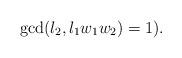
LaTeX: \begin{align*}\gcd(l_2,l_1w_1w_2)=1). \end{align*}